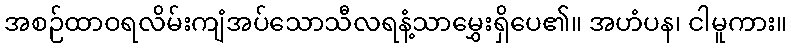
အစဉ်ထာဝရလိမ်းကျံအပ်သောသီလရနံ့သာမွှေးရှိပေ၏။ အဟံပန၊ ငါမူကား။